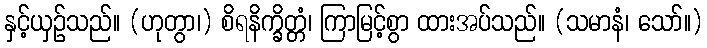
နှင့်ယှဉ်သည်။ (ဟုတွာ၊) စိရနိက္ခိတ္တံ၊ ကြာမြင့်စွာ ထားအပ်သည်။ (သမာနံ၊ သော်။)